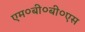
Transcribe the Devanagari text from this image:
एम०बी०बी०एस